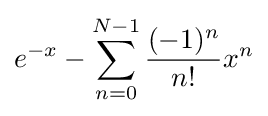
e^{-x}-\sum _{n=0}^{N-1}{\frac {(-1)^{n}}{n!}}x^{n}